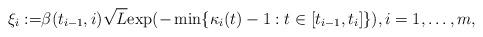
LaTeX: \begin{align*}\xi _{i} :=&{\beta(t_{i-1},i)}\sqrt{L} {\exp (-\min\{\kappa_{i}(t)-1:t\in[t_{i-1},t_i]\})}, i=1,\ldots,m,\end{align*}